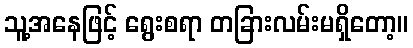
သူ့အနေဖြင့် ရွေးစရာ တခြားလမ်းမရှိတော့။